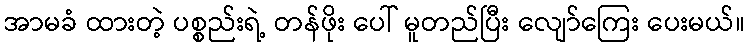
အာမခံ ထားတဲ့ ပစ္စည်းရဲ့ တန်ဖိုး ပေါ် မူတည်ပြီး လျော်ကြေး ပေးမယ်။